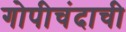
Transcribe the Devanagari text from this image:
गोपीचंदाची